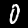
Digit: 0